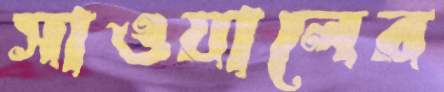
সাওয়ালের